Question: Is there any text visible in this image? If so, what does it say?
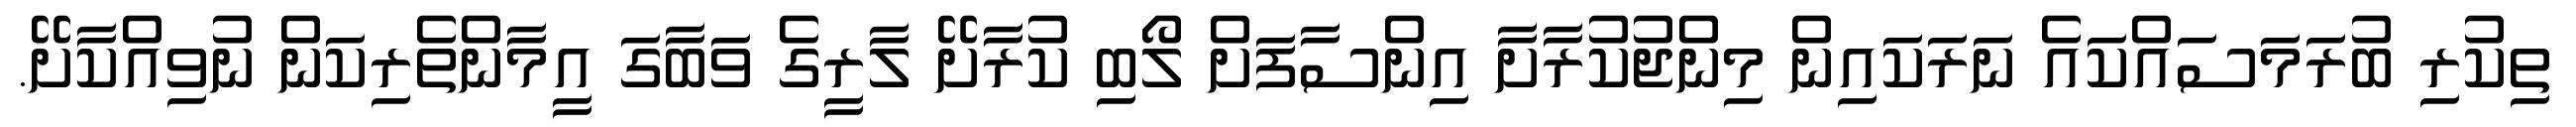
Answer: ތިކުރި ބުރަމަސައްކައެ ނަރަކައިން މިންޖުކުރާށާ އިންސާފަށް ލޯބި ކުރާށޭ ލާރީގެ ވަބާގަ އީމާންތެރިކަން ނުވިއްކާށޭ.